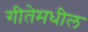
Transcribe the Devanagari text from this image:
गीतेमधील